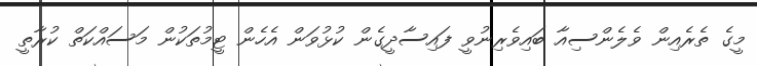
މީގެ ތެރެއިން ވެލެންސިއާ ބައިވެރިނުވީ ފައިސާދީގެން ކުޅުވަން އެހެން ޓީމުތަކުން މަސައްކަތް ކުރާތީ